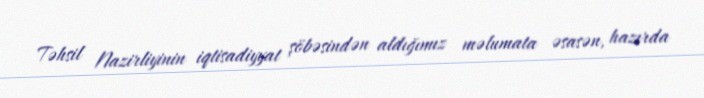
Təhsil Nazirliyinin iqtisadiyyat şöbəsindən aldığımız məlumata əsasən, hazırda